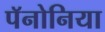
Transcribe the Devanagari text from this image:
पॅनोनिया